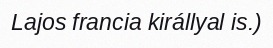
Lajos francia királlyal is.)